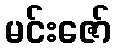
မင်းဇော်